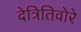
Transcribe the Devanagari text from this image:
देत्रितिवोरे